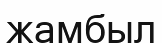
жамбыл